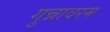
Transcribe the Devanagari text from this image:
गुन्नावरम